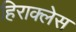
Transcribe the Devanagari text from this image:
हिराक्लेस